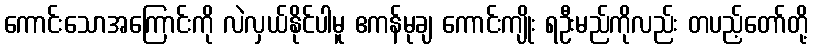
ကောင်းသောအကြောင်းကို လဲလှယ်နိုင်ပါမူ ဧကန်မုချ ကောင်းကျိုး ရဦးမည်ကိုလည်း တပည့်တော်တို့